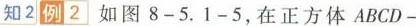
知2例2如图8-5.1-5，在正方体ABCD-